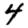
Digit: 4